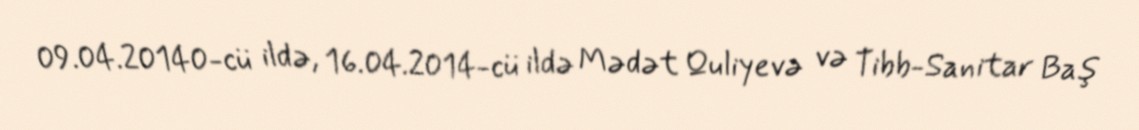
09.04.20140-cü ildə, 16.04.2014-cü ildə Mədət Quliyevə və Tibb-Sanitar Baş